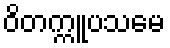
ဝိတက္ကူပသမေ